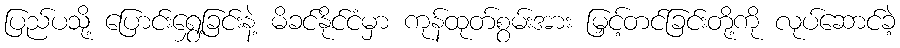
ပြည်ပသို့ ပြောင်းရွှေ့ခြင်းနဲ့ မိခင်နိုင်ငံမှာ ကုန်ထုတ်စွမ်းအား မြှင့်တင်ခြင်းတို့ကို လုပ်ဆောင်ခဲ့